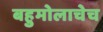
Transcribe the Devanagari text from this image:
बहुमोलाचेच